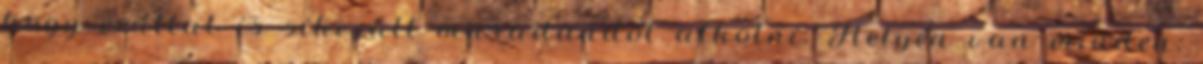
hogy ezúttal is sikerült maradandót alkotni. Helyén van minden: